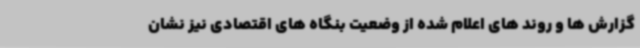
گزارش ها و روند های اعلام شده از وضعیت بنگاه های اقتصادی نیز نشان